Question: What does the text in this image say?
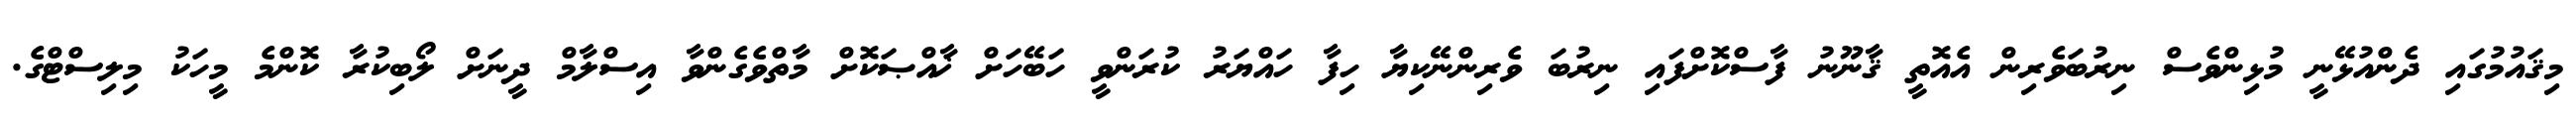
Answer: މިޤައުމުގައި ދެންއުޅޭނީ މުޅިންވެސް ނިރުބަވެރިން އެއޮތީ ޤާނޫނު ފާސްކޮށްފައި ނިރުބަ ވެރިންނޭކިޔާ ހިފާ ހައްޔަރު ކުރަންވީ ހަބޭހަށް ޚާއްޞަކޮށް މާތްވެގެންވާ އިސްލާމް ދީނަށް ލޯބިކުރާ ކޮންމެ މީހަކު މިލިސްޓްގެ.